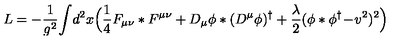
L = - { \frac { 1 } { g ^ { 2 } } } \! \int \! d ^ { 2 } x \Bigl ( { \frac { 1 } { 4 } } F _ { \mu \nu } * F ^ { \mu \nu } + D _ { \mu } \phi * ( D ^ { \mu } \phi ) ^ { \dagger } + { \frac { \lambda } { 2 } } ( \phi * \phi ^ { \dagger } \! - \! v ^ { 2 } ) ^ { 2 } \Bigr )